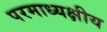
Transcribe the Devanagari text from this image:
परमाध्यक्षीय